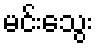
မင်းသွေး